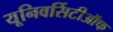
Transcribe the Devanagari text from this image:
यूनिवर्सिटीऑफ